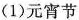
(1)元宵节